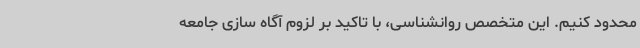
محدود کنیم. این متخصص روانشناسی، با تاکید بر لزوم آگاه سازی جامعه